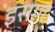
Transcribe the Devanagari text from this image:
इसण